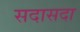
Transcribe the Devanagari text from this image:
सदासदा